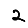
Digit: 2